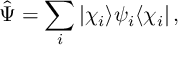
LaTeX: \hat { \Psi } = \sum _ { i } | \chi _ { i } \rangle \psi _ { i } \langle \chi _ { i } | \, ,